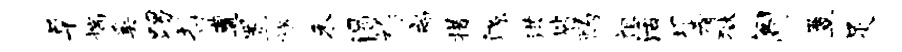
草揣奚踢哲遭置旒禾渴祚扇措源洪皆酌祖活塌肴狱阁簟足